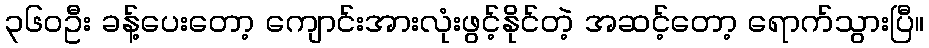
၃၆၀ဦး ခန့်ပေးတော့ ကျောင်းအားလုံးဖွင့်နိုင်တဲ့ အဆင့်တော့ ရောက်သွားပြီ။